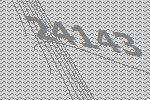
24143